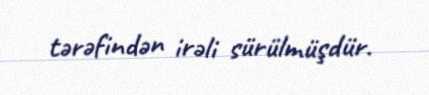
tərəfindən irəli sürülmüşdür.